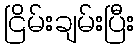
ငြိမ်းချမ်းပြီး